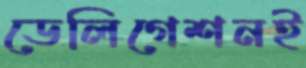
ডেলিগেশনই